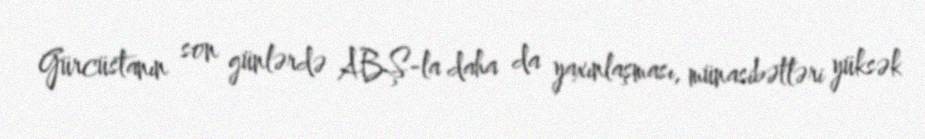
Gürcüstanın son günlərdə ABŞ-la daha da yaxınlaşması, münasibətləri yüksək